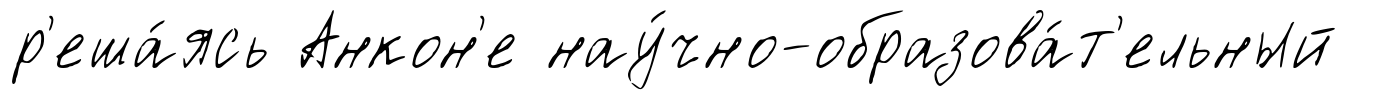
р'еша́ясь Анкон'е нау́чно-образова́т'ельный